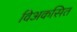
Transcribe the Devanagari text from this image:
विअकसित